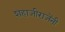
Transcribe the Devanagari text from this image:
शहाजीराजेंनी